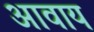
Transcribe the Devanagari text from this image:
आवाय